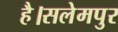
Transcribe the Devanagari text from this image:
है।सलेमपुर